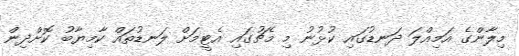
މިލާންގެ އަމިއްލަ ދަނޑުގައި ކުޅުނު މި މެޗުގައި އެޓީމަށް ލަނޑުތައް ކާމިޔާބު ކޮށްދިން